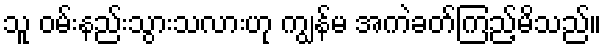
သူ ဝမ်းနည်းသွားသလားဟု ကျွန်မ အကဲခတ်ကြည့်မိသည်။